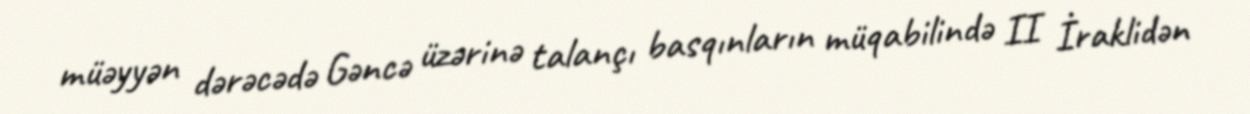
müəyyən dərəcədə Gəncə üzərinə talançı basqınların müqabilində II İraklidən